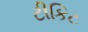
ટીકિટ